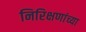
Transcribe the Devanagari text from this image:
निरिक्षणांच्या